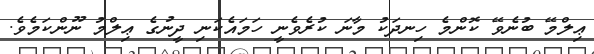
ޢިލްމޭ ބުނެވޭ ކޮންމެ ހިނދަކު މާނަ ކުރެވެނީ ހަމައެކަނި ދީނުގެ ޢިލްމު ނޫންކަމެވެ.